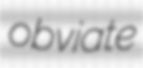
obviate